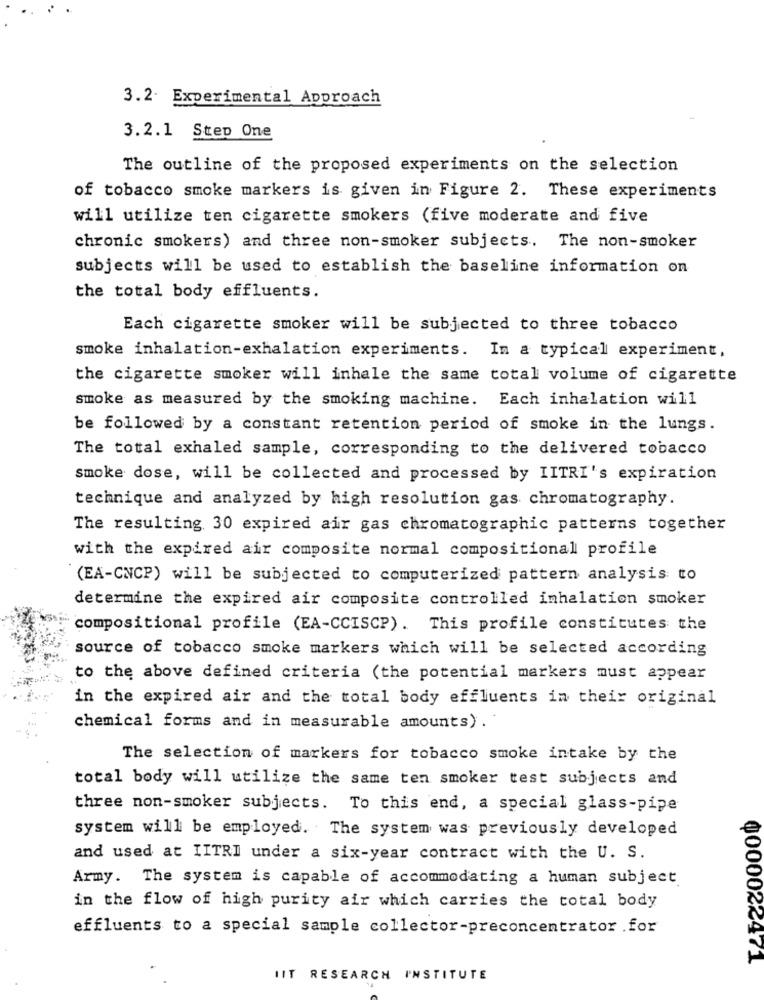
3.2. Experimental Approach
3.2.1 Step One
The outline of the proposed experiments on the selection
of tobacco smoke markers is given in Figure 2. These experiments
will utilize ten cigarette smokers (five moderate and five
chronic smokers) and three non-smoker subjects. The non-smoker
subjects will be used to establish the baseline information on
the total body effluents.
Each cigarette smoker will be subjected to three tobacco
smoke inhalation-exhalation experiments. In a typical experiment,
the cigarette smoker will inhale the same total volume of cigarette
smoke as measured by the smoking machine. Each inhalation will
be followed by a constant retention period of smoke in the lungs.
The total exhaled sample, corresponding to the delivered tobacco
smoke dose, will be collected and processed by IITRI's expiration
technique and analyzed by high resolution gas chromatography.
The resulting 30 expired air gas chromatographic patterns together
with the expired air composite normal compositional profile
(EA-CNCP) will be subjected to computerized pattern analysis to
determine the expired air composite controlled inhalation smoker
compositional profile (EA-CCISCP). This profile constitutes the
source of tobacco smoke markers which will be selected according
to the above defined criteria (the potential markers must appear
in the expired air and the total body effluents in their original
chemical forms and in measurable amounts).
The selection of markers for tobacco smoke intake by the
total body will utilize the same ten smoker test subjects and
three non-smoker subjects. To this end, a special glass-pipe
system will be employed. The system was previously developed
and used at IITRI under a six-year contract with the U. S.
Army. The system is capable of accommodating a human subject
in the flow of high purity air which carries the total body
effluents to a special sample collector-preconcentrator .for
0000022471
IIT RESEARCH INSTITUTE